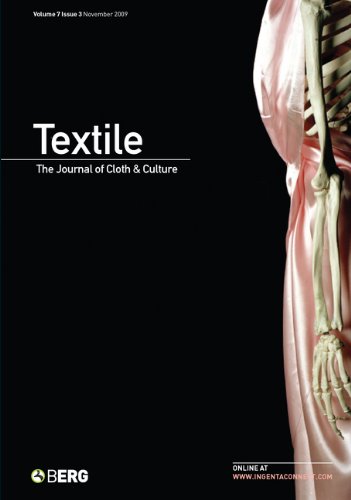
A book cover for Textile Volume 7 Issue 3: The Journal of Cloth & Culture (Textile: Journal of Cloth & Culture); Crafts, Hobbies & Home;